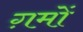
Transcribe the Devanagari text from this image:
ग़मों